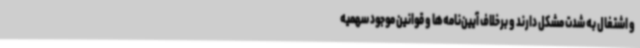
و اشتغال به شدت مشکل دارند و برخلاف آیین‌نامه‌ها و قوانین موجود سهمیه